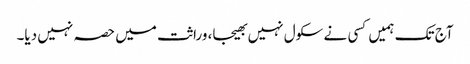
آج تک ہمیں کسی نے سکول نہیں بھیجا، وراثت میں حصہ نہیں دیا۔